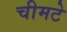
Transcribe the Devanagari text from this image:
चीमटे